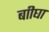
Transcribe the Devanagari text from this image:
बाीघा